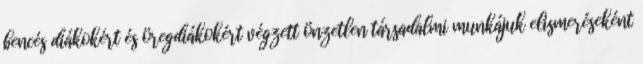
bencés diákokért és öregdiákokért végzett önzetlen társadalmi munkájuk elismeréseként